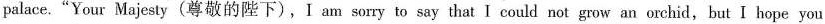
palace."Your Majesty (尊敬的陛下),I am sorry to say that I could not grow an orchid, but I hope you